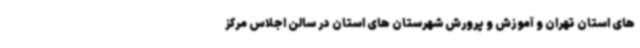
های استان تهران و آموزش و پرورش شهرستان های استان در سالن اجلاس مرکز